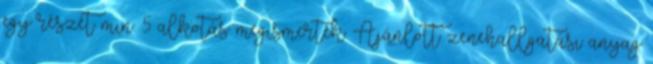
egy részét min. 5 alkotás megismerték. Ajánlott zenehallgatási anyag